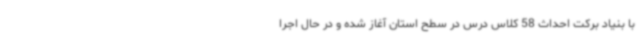
با بنیاد برکت احداث 58 کلاس درس در سطح استان آغاز شده و در حال اجرا